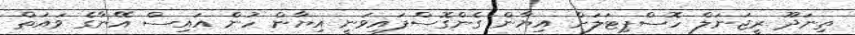
ތިނަދޫ ރީޖަނަލް ހޮސްޕިޓަލަށް އިޔާން ގެންގޮސްފައިވަނީ އިޔާން ހުން އައިސް އޭނާގެ ވައަތް